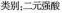
类别；二元强酸